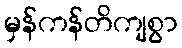
မှန်ကန်တိကျစွာ